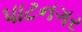
પાટનગર